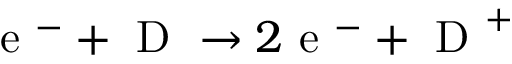
\mathrm { ~ e ~ } ^ { - } + \mathrm { ~ D ~ } \rightarrow 2 \mathrm { ~ e ~ } ^ { - } + \mathrm { ~ D ~ } ^ { + }